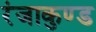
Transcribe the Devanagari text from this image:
रंजाकुण्ड